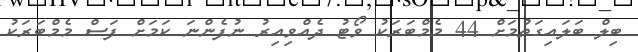
ބިލް ބަލައިގަތުމަށް 44 މެމްބަރަކު ވޯޓު ދެއްވިއިރު ނުފެންނަ ކަމަށް ފަސް މެމްބަރަކު